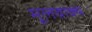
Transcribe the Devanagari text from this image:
मूलवाक्य